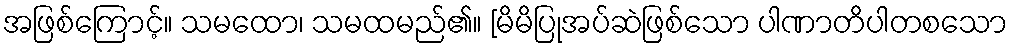
အဖြစ်ကြောင့်။ သမထော၊ သမထမည်၏။ [မိမိပြုအပ်ဆဲဖြစ်သော ပါဏာတိပါတစသော